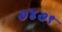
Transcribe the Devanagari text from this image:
७४७९